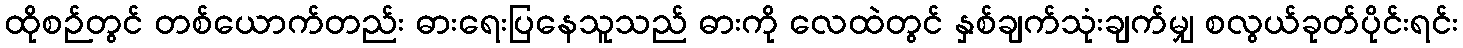
ထိုစဉ်တွင် တစ်ယောက်တည်း ဓားရေးပြနေသူသည် ဓားကို လေထဲတွင် နှစ်ချက်သုံးချက်မျှ စလွယ်ခုတ်ပိုင်းရင်း